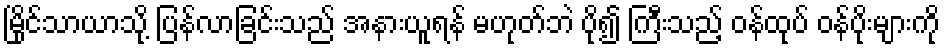
မြိုင်သာယာသို့ ပြန်လာခြင်းသည် အနားယူရန် မဟုတ်ဘဲ ပို၍ ကြီးသည့် ဝန်ထုပ် ဝန်ပိုးများကို